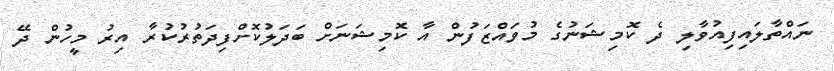
ނައްތާލައިފިއުވާލި ދެ ކޮމިޝަނުގެ މުވައްޒަފުން އާ ކޮމިޝަނަށް ބަދަލުކޮށްފިދަތުރުކުރާ އިރު މީހުން ދޭ